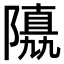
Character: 𨼡